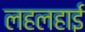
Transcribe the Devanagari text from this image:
लहलहाई